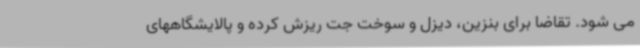
می شود. تقاضا برای بنزین، دیزل و سوخت جت ریزش کرده و پالایشگاههای